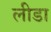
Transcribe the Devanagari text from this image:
लीडा